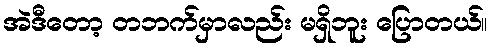
အဲဒီတော့ တဘက်မှာလည်း မရှိဘူး ပြောတယ်။